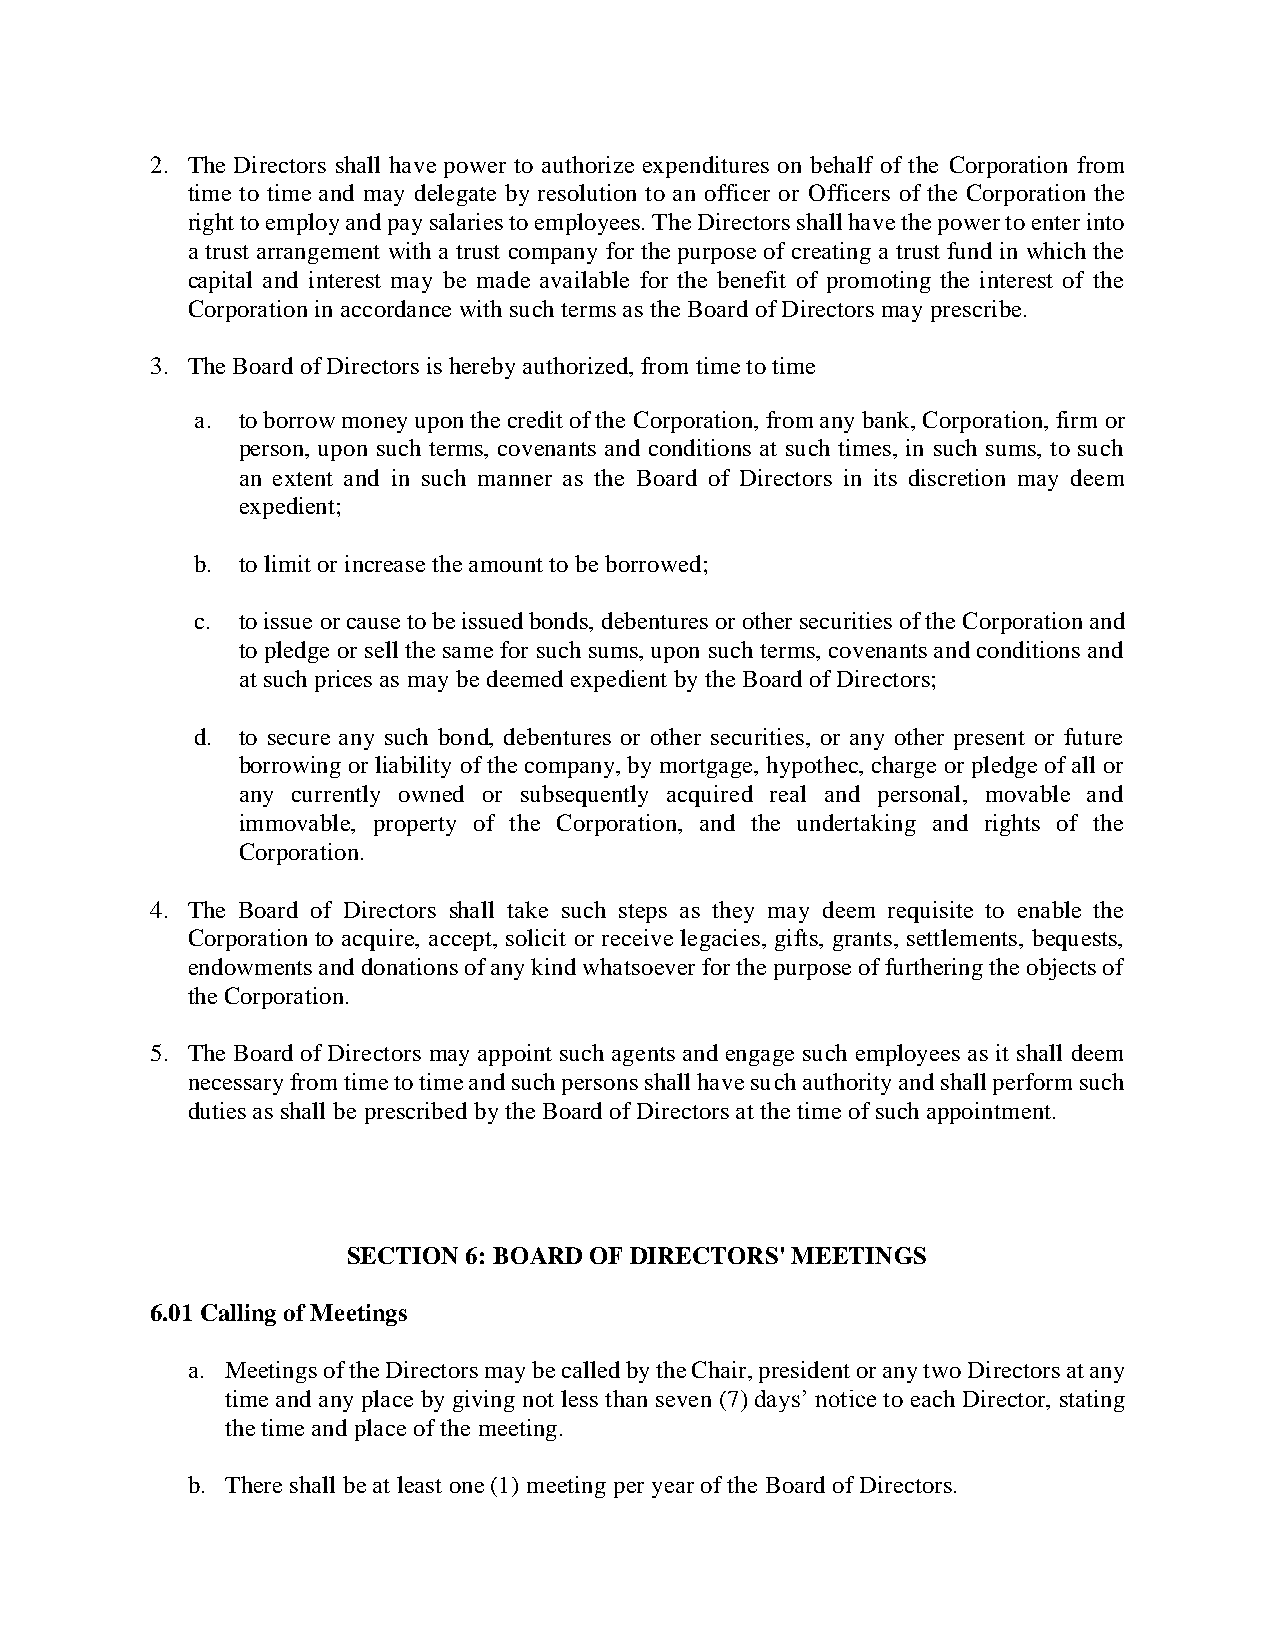
2. The Directors shall have power to authorize expenditures on behalf of the Corporation from
 time to time and may delegate by resolution to an officer or Officers of the Corporation the
 right to employ and pay salaries to employees. The Directors shall have the power to enter into
 a trust arrangement with a trust company for the purpose of creating a trust fund in which the
 capital and interest may be made available for the benefit of promoting the interest of the
 Corporation in accordance with such terms as the Board of Directors may prescribe.
 3. The Board of Directors is hereby authorized, from time to time
 a. to borrow money upon the credit of the Corporation, from any bank, Corporation, firm or
 person, upon such terms, covenants and conditions at such times, in such sums, to such
 an extent and in such manner as the Board of Directors in its discretion may deem
 expedient;
 b. to limit or increase the amount to be borrowed;
 c. to issue or cause to be issued bonds, debentures or other securities of the Corporation and
 to pledge or sell the same for such sums, upon such terms, covenants and conditions and
 at such prices as may be deemed expedient by the Board of Directors;
 d. to secure any such bond, debentures or other securities, or any other present or future
 borrowing or liability of the company, by mortgage, hypothec, charge or pledge of all or
 any currently owned or subsequently acquired real and personal, movable and
 immovable, property of the Corporation, and the undertaking and rights of the
 Corporation.
 4. The Board of Directors shall take such steps as they may deem requisite to enable the
 Corporation to acquire, accept, solicit or receive legacies, gifts, grants, settlements, bequests,
 endowments and donations of any kind whatsoever for the purpose of furthering the objects of
 the Corporation.
 5. The Board of Directors may appoint such agents and engage such employees as it shall deem
 necessary from time to time and such persons shall have such authority and shall perform such
 duties as shall be prescribed by the Board of Directors at the time of such appointment.
 SECTION 6: BOARD OF DIRECTORS' MEETINGS
 6.01 Calling of Meetings
 a. Meetings of the Directors may be called by the Chair, president or any two Directors at any
 time and any place by giving not less than seven (7) days’ notice to each Director, stating
 the time and place of the meeting.
 b. There shall be at least one (1) meeting per year of the Board of Directors.